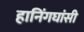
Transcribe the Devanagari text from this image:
हानिंगघांसी